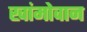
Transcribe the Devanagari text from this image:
खांमोवान